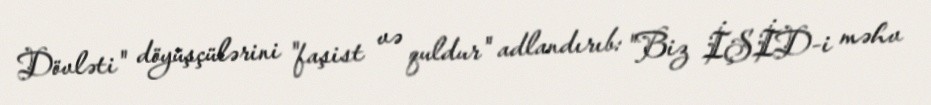
Dövləti" döyüşçülərini "faşist və quldur" adlandırıb: "Biz İŞİD-i məhv